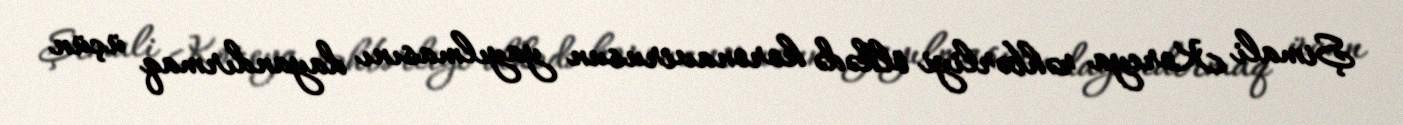
Şimali Koreya rəhbərliyi ölkədə koronavirusun yayılmasını dayandırmaq üçün